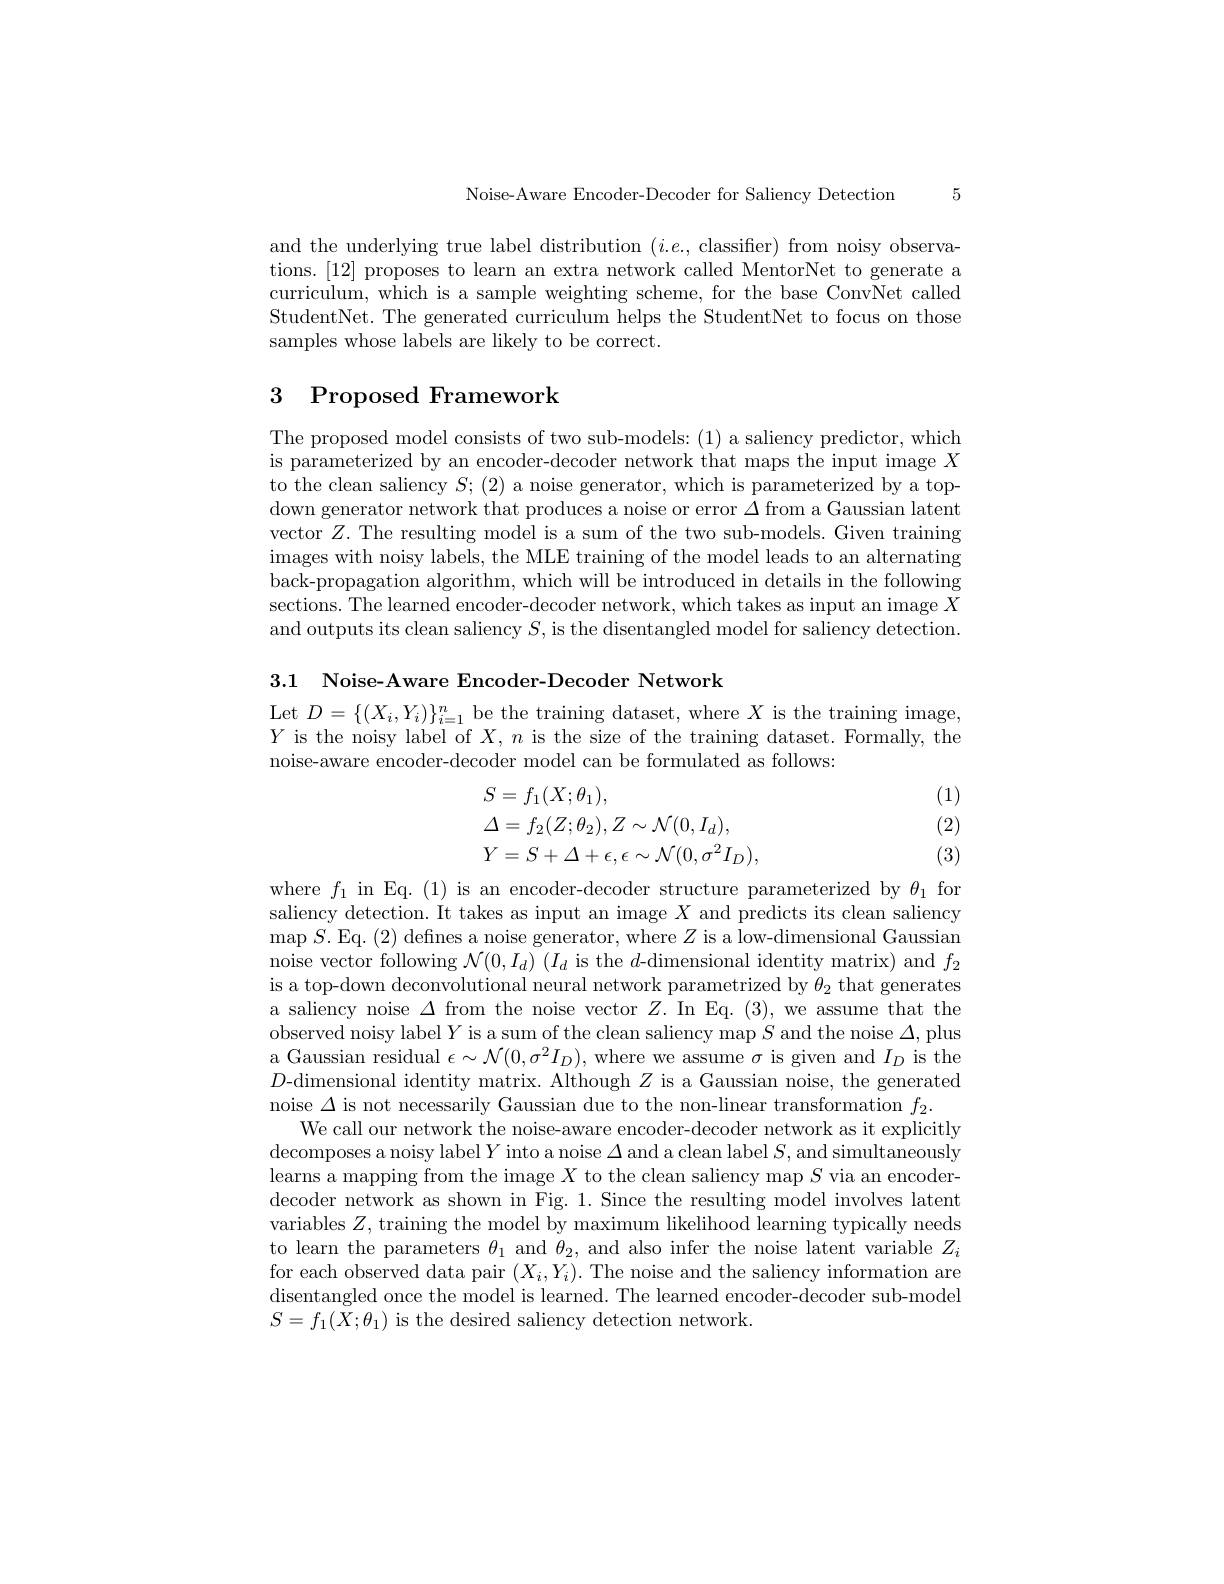
5

Noise-Aware Encoder-Decoder for Saliency Detection

and the underlying true label distribution $(i.e.$,classifier) from noisy observations.[12] proposes to learn an extra network called MentorNet to generate a curriculum, which is a sample weighting scheme, for the base ConvNet called StudentNet. The generated curriculum helps the StudentNet to focus on those samples whose labels are likely to be correct.

# 3 Proposed Framework

The proposed model consists of two sub-models: (1) a saliency predictor, which is parameterized by an encoder-decoder network that maps the input image $X$ to the clean saliency $S;(2)$ a noise generator, which is parameterized by a topdown generator network that produces a noise or error $\Delta$ from a Gaussian latent vector $Z.$ The resulting model is a sum of the two sub-models. Given training images with noisy labels, the MLE training of the model leads to an alternating back-propagation algorithm, which will be introduced in details in the following sections. The learned encoder-decoder network, which takes as input an image $X$ and outputs its clean saliency $S$, is the disentangled model for saliency detection.

3.1 Noise-Aware Encoder-Decoder Network

Let $D=\{(X_{i},Y_{i})\}_{i=1}^{n}$ be the training dataset, where $X$ is the training image, $Y$ is the noisy label of $X,n$ is the size of the training dataset. Formally, the noise-aware encoder-decoder model can be formulated as follows:

(1) (2)
$$\begin{aligned}&S=f_{1}(X;\theta_{1}),\\&\Delta=f_{2}(Z;\theta_{2}),Z\sim\mathcal{N}(0,I_{d}),\\&Y=S+\Delta+\epsilon,\epsilon\sim\mathcal{N}(0,\sigma^{2}I_{D}),\end{aligned}$$
(3)

where $f_1$ in Eq.(1) is an encoder-decoder structure parameterized by $\theta_1$ for saliency detection. It takes as input an image $X$ and predicts its clean saliency $\operatorname*{map}S.$Eq.(2) defines a noise generator, where $Z$ is a low-dimensional Gaussian noise vector following $\mathcal{N}(0,I_d)$ ($I_d$ is the $d$-dimensional identity matrix) and $f_2$ is a top-down deconvolutional neural network parametrized by $\theta_{2}$ that generates a saliency noise $\Delta$ from the noise vector $Z.$ In Eq. (3), we assume that the observed noisy label $Y$ is a sum of the clean saliency map $S$ and the noise $\Delta$,plus a Gaussian residual $\epsilon\sim\mathcal{N}(0,\sigma^{2}I_{D})$, where we assume $\sigma$ is given and $I_D$ is the $D$-dimensional identity matrix. Although $Z$ is a Gaussian noise, the generated noise $\Delta$ is not necessarily Gaussian due to the non-linear transformation $f_2.$
We call our network the noise-aware encoder-decoder network as it explicitly decomposes a noisy label $Y$ into a noise $\Delta$ and a clean label $S$,and simultaneously learns a mapping from the image $X$ to the clean saliency map $S$ via an encoderdecoder network as shown in Fig. 1. Since the resulting model involves latent variables $Z$, training the model by maximum likelihood learning typically needs to learn the parameters $\theta_1$ and $\theta_2$, and also infer the noise latent variable $Z_i$ for each observed data pair $(X_{i},Y_{i}).$ The noise and the saliency information are disentangled once the model is learned. The learned encoder-decoder sub-model $S=f_{1}(X;\theta_{1})$ is the desired saliency detection network.